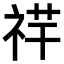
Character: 𥙶